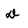
Character: D